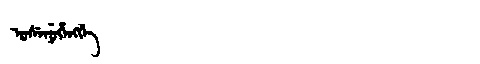
Manchu: ᡠᠰᡝᠨᡠᡥᡝᠩᡤᡝ
Romanization: USENUHENGGE